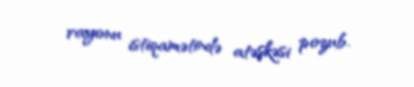
rayonu istiqamətində atəşkəsi pozub.